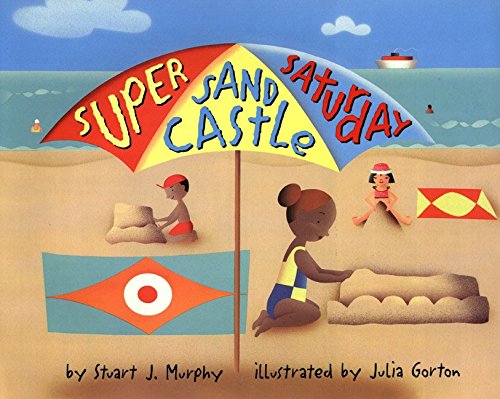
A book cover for Great Source Mathstart: Student Reader Super Sand Castle Saturday: Measuring; GREAT SOURCE; Science & Math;